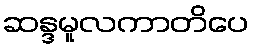
ဆန္ဒမူလကာတိပေ